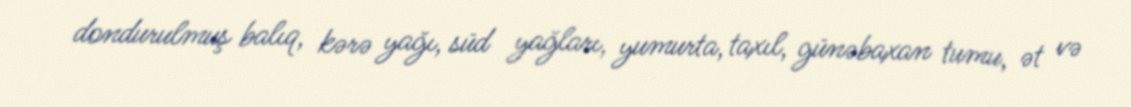
dondurulmuş balıq, kərə yağı, süd yağları, yumurta, taxıl, günəbaxan tumu, ət və